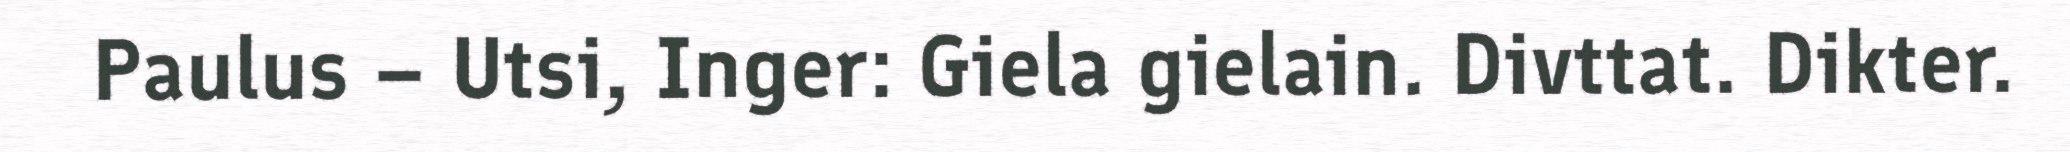
Paulus – Utsi, Inger: Giela gielain. Divttat. Dikter.